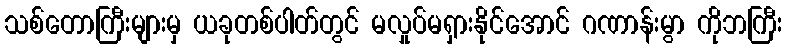
သစ်တောကြီးများမှ ယခုတစ်ပါတ်တွင် မလှုပ်မရှားနိုင်အောင် ဂဏာန်းမွာ ကိုဘကြီး